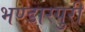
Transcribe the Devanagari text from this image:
भण्डारपुरी